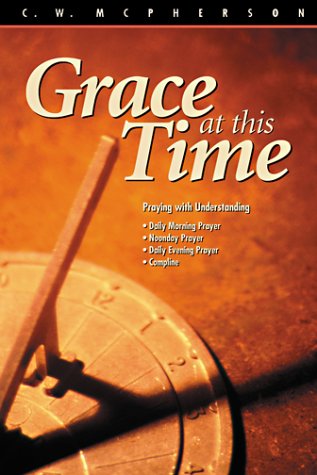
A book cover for Grace at This Time: Praying the Daily Office; C. W. McPherson; Christian Books & Bibles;